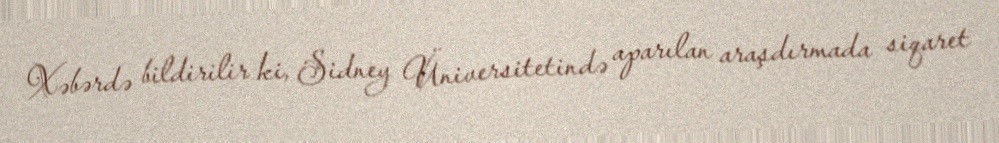
Xəbərdə bildirilir ki, Sidney Üniversitetində aparılan araşdırmada siqaret